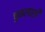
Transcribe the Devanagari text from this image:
चुकलाशी